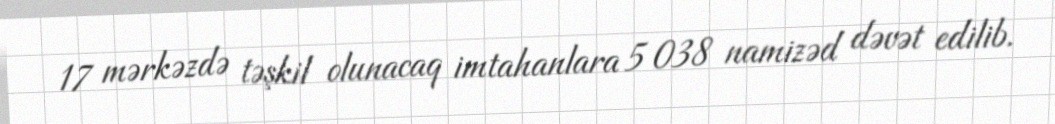
17 mərkəzdə təşkil olunacaq imtahanlara 5 038 namizəd dəvət edilib.